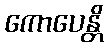
ကောပေန္တိ